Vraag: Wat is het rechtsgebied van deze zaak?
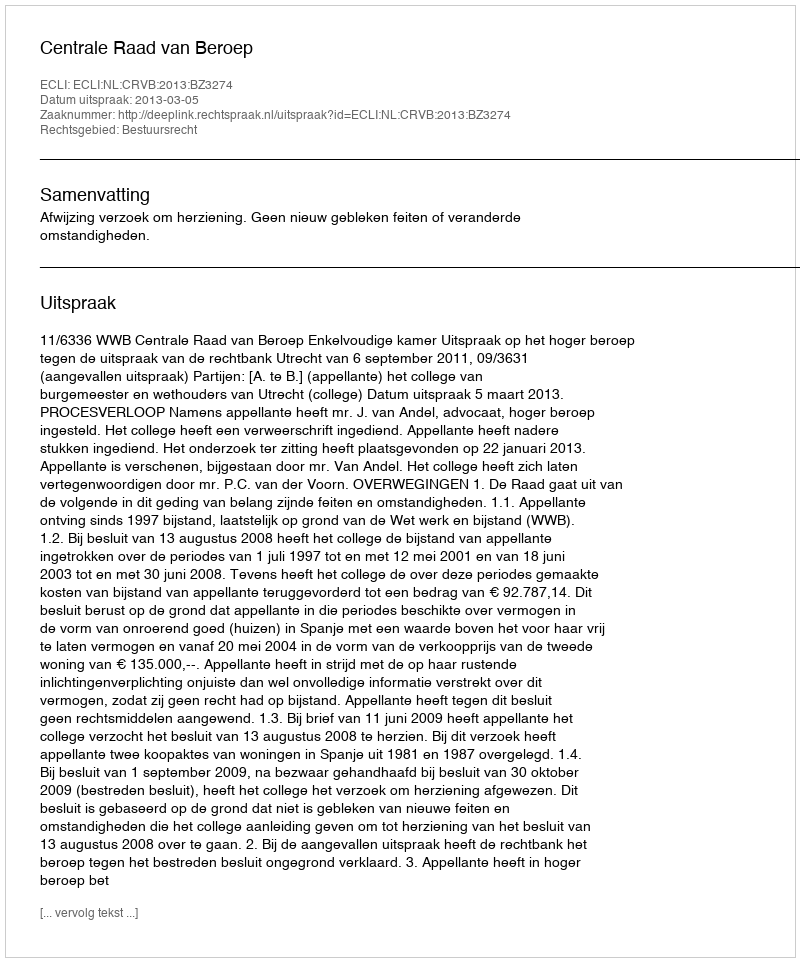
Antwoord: Bestuursrecht